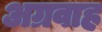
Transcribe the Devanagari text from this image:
अग्रवाह